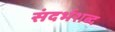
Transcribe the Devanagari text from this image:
संदर्भशब्द